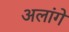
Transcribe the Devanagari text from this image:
अलांगे